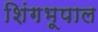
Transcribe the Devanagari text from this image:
शिंगभूपाल